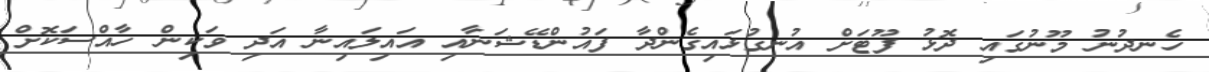
ހެނދުނު މޫނުގައި ދޮޅު ފޫޓަށް އުނގުޅައިގެންދާ ފައުންޑޭޝަނާއި އައިލައިނާ އަދި ވަކިން ހާއްސަކޮށް